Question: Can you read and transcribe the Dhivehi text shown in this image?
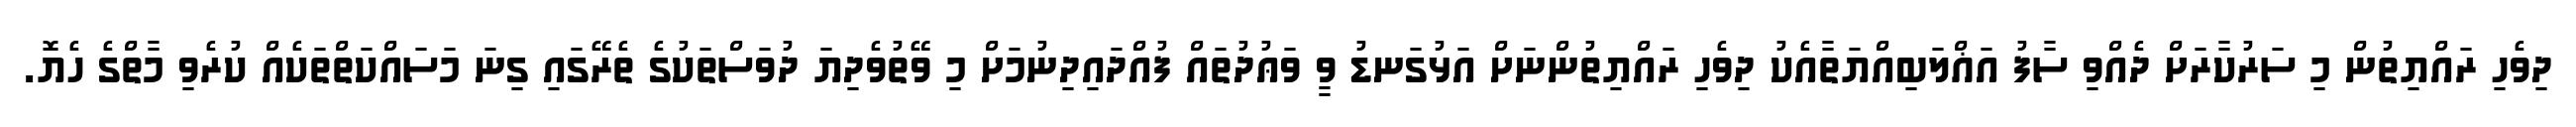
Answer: ދިވެހި ރައްޔިތުން މި ސަރުކާރަށް ދެއްވި ސާފު އަޣްލަބިއްޔަތާއެކު ދިވެހި ރައްޔިތުންނަށް އަޅުގަނޑު ވީ ވަޢުދުތައް ފުއްދައިދިނުމަށް މި ވޭތުވެދިޔަ ދުވަސްތަކުގެ ތެރޭގައި ގިނަ މަސައްކަތްތަކެއް ކުރެވި މާތްގެ ހެޔޮ.